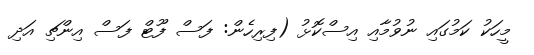
މީހަކު ކަމުގައި ނުވުމާއި އިސްކޮޅު (ފިރިހެން: ފަސް ފޫޓް ފަސް އިންޗި އަދި